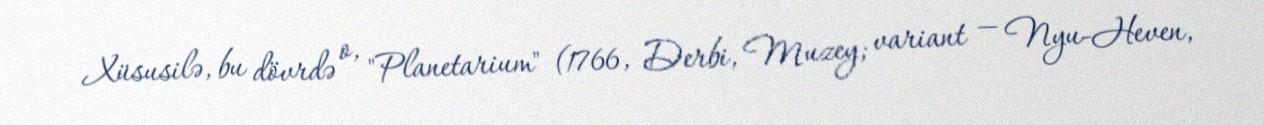
Xüsusilə, bu dövrdə o, "Planetarium" (1766, Derbi, Muzey; variant — Nyu-Heven,